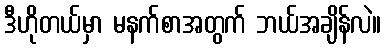
ဒီဟိုတယ်မှာ မနက်စာအတွက် ဘယ်အချိန်လဲ။